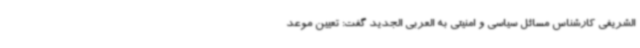
الشریفی کارشناس مسائل سیاسی و امنیتی به العربی الجدید گفت: تعیین موعد